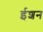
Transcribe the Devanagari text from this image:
ईशन